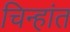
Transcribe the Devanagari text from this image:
चिन्हांत